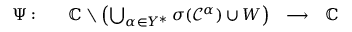
\begin{array} { r } { \begin{array} { l l l l } { \Psi : \quad } & { \mathbb { C } \setminus \left( \bigcup _ { \alpha \in Y ^ { * } } \sigma ( \mathcal { C } ^ { \alpha } ) \cup W \right) } & { \longrightarrow } & { \mathbb { C } } \end{array} } \end{array}